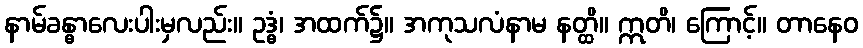
နာမ်ခန္ဓာလေးပါးမှလည်း။ ဥဒ္ဓံ၊ အထက်၌။ အကုသလံနာမ နတ္ထိ။ ဣတိ၊ ကြောင့်။ တာနေဝ